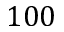
1 0 0